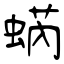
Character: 蜹